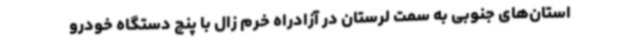
استان‌های جنوبی به سمت لرستان در آزادراه خرم زال با پنج دستگاه خودرو